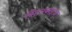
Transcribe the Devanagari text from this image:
लैटरवाइज़